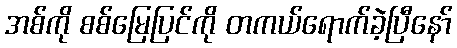
အစ်ကို စစ်မြေပြင်ကို တကယ်ရောက်ခဲ့ပြီနော်